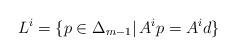
LaTeX: \begin{align*} L^{i} = \{ p \in \Delta_{m-1} \vert \, A^{i}p = A^{i}d \}\end{align*}